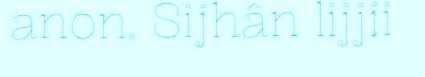
anon. Sijhân lijjii